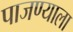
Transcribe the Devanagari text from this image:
पाजण्याला